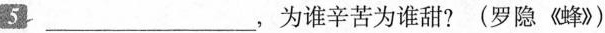
5 ___，为谁辛苦为谁甜?(罗隐《蜂》)